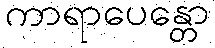
ကာရာပေန္တော